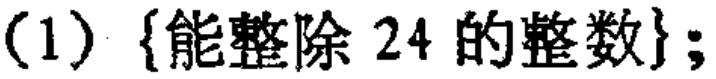
(1) \(\{能整除\ 24\ 的整数\}\);